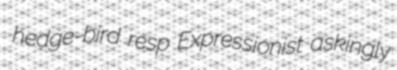
hedge-bird resp Expressionist askingly